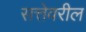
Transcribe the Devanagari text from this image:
सत्तेवरील